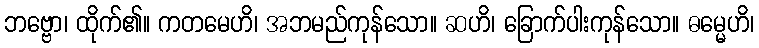
ဘဗ္ဗော၊ ထိုက်၏။ ကတမေဟိ၊ အဘမည်ကုန်သော။ ဆဟိ၊ ခြောက်ပါးကုန်သော။ ဓမ္မေဟိ၊